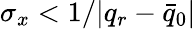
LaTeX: \sigma_{x}<1/{|q_{r}-\bar{q}_{0}|}